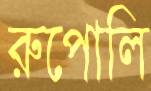
রুপোলি